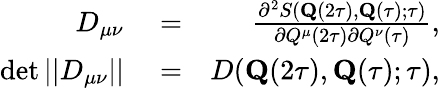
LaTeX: \begin{array}{rlr}{D_{\mu\nu}}&{{}=}&{\frac{\partial^{2}S(\mathbf{Q}(2\tau),\mathbf{Q}(\tau);\tau)}{\partial{Q}^{\mu}(2\tau)\partial{Q}^{\nu}(\tau)},}\\ {\operatorname*{det}||D_{\mu\nu}||}&{{}=}&{D(\mathbf{Q}(2\tau),\mathbf{Q}(\tau);\tau),}\end{array}